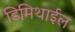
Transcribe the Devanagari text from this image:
डिमिथाईल